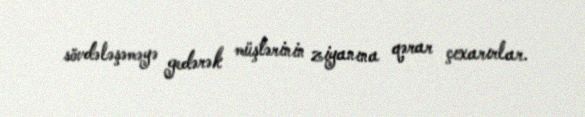
sövdələşəməyə gedərək müştərinin ziyanına qərar çıxarırlar.